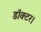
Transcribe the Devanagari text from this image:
डाॅक्टर।